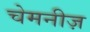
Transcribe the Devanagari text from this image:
चेमनीज़